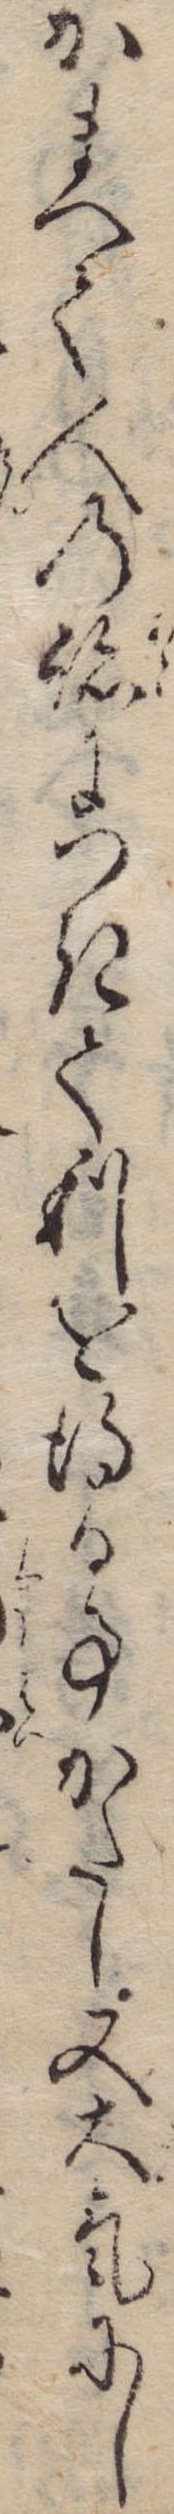
かまへて人の跡につきて利を得る事かたし又大気にし